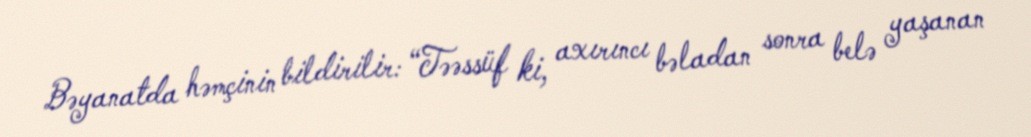
Bəyanatda həmçinin bildirilir: “Təəssüf ki, axırıncı bəladan sonra belə yaşanan